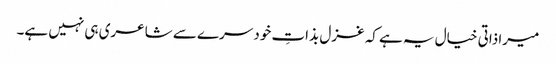
میرا ذاتی خیال یہ ہے کہ غزل بذاتِ خود سرے سے شاعری ہی نہیں ہے۔